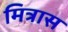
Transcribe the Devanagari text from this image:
मित्रास